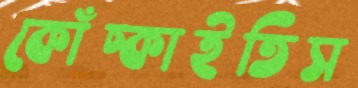
কোঁচ্‌কাইতিস